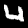
Digit: 4